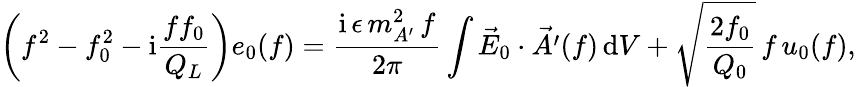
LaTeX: \left(f^{2}-f_{0}^{2}-\mathrm{i}\frac{ff_{0}}{Q_{L}}\right)e_{0}(f)=\frac{\mathrm{i}\, \epsilon\, m_{A^{\prime}}^{2}\, f}{2\pi}\int\vec{E}_{0}\cdot\vec{A^{\prime}}(f)\, \mathrm{d}V+\sqrt{\frac{2f_{0}}{Q_{0}}}\, f\, {u}_{0}(f),